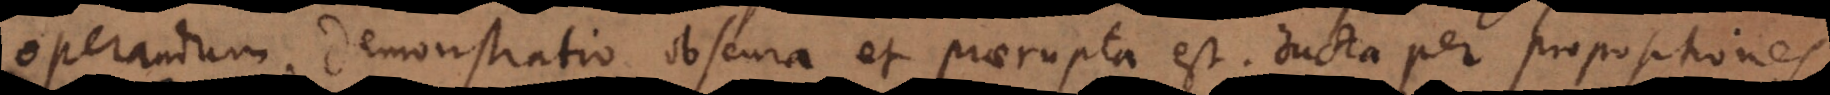
operandum. Demonstratio obscura et praerupta est, ducta per propositiones